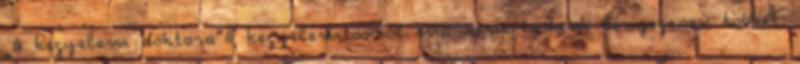
„A kegyelem doktora”A kegyelemtanból ma sem tudunk lényegesen többet,